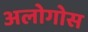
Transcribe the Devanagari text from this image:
अलोगोस